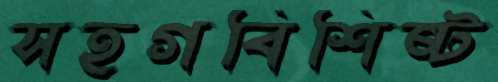
সহগবিশিষ্ট